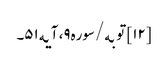
[۱۲] توبه/سوره۹، آیه۵۱۔